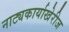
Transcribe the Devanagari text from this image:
नाट्यकार्याखेरीज